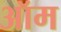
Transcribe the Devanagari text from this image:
ऑम